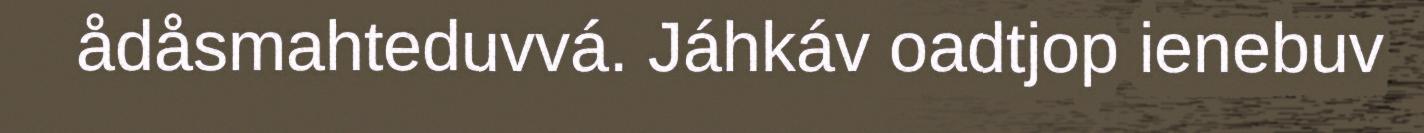
ådåsmahteduvvá. Jáhkáv oadtjop ienebuv